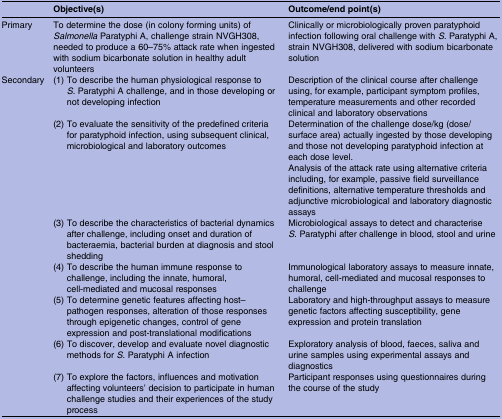
|  | Objective(s) | Outcome/end point(s) |
 | --- | --- | --- |
 | Primary | To determine the dose (in colony forming units) of Salmonella Paratyphi A, challenge strain NVGH308, needed to produce a 60–75% attack rate when ingested with sodium bicarbonate solution in healthy adult volunteers | Clinically or microbiologically proven paratyphoid infection following oral challenge with S. Paratyphi A, strain NVGH308, delivered with sodium bicarbonate solution |
 | <ROWSPAN=7> Secondary | (1) To describe the human physiological response to S. Paratyphi A challenge, and in those developing or not developing infection | Description of the clinical course after challenge using, for example, participant symptom profiles, temperature measurements and other recorded clinical and laboratory observations |
 | (2) To evaluate the sensitivity of the predefined criteria for paratyphoid infection, using subsequent clinical, microbiological and laboratory outcomes | Determination of the challenge dose/kg (dose/surface area) actually ingested by those developing and those not developing paratyphoid infection at each dose level.Analysis of the attack rate using alternative criteria including, for example, passive field surveillance definitions, alternative temperature thresholds and adjunctive microbiological and laboratory diagnostic assays |
 | (3) To describe the characteristics of bacterial dynamics after challenge, including onset and duration of bacteraemia, bacterial burden at diagnosis and stool shedding | Microbiological assays to detect and characterise S. Paratyphi after challenge in blood, stool and urine |
 | (4) To describe the human immune response to challenge, including the innate, humoral, cell-mediated and mucosal responses | Immunological laboratory assays to measure innate, humoral, cell-mediated and mucosal responses to challenge |
 | (5) To determine genetic features affecting host–pathogen responses, alteration of those responses through epigenetic changes, control of gene expression and post-translational modifications | Laboratory and high-throughput assays to measure genetic factors affecting susceptibility, gene expression and protein translation |
 | (6) To discover, develop and evaluate novel diagnostic methods for S. Paratyphi A infection | Exploratory analysis of blood, faeces, saliva and urine samples using experimental assays and diagnostics |
 | (7) To explore the factors, influences and motivation affecting volunteers’ decision to participate in human challenge studies and their experiences of the study process | Participant responses using questionnaires during the course of the study |